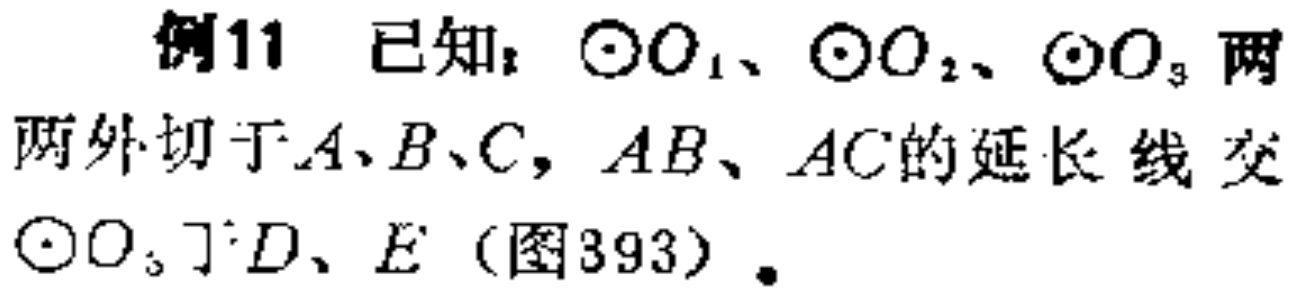
例11 已知：$\odot O_{1}$、$\odot O_{2}$、$\odot O_{3}$两两外切于$A、B、C$，$AB、AC$的延长线交$\odot O_{3}$于$D、E$（图393）.